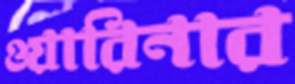
ওয়ারিনার